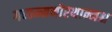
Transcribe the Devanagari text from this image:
गच्छन्मनोरथान्नश्च